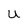
Character: U